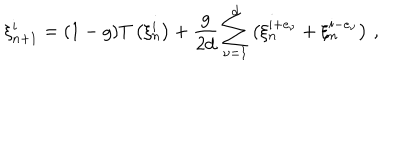
\xi _ { n + 1 } ^ { i } = ( 1 - g ) T \left( \xi _ { n } ^ { i } \right) + \frac { g } { 2 d } \sum _ { \nu = 1 } ^ { d } \left( \xi _ { n } ^ { i + e _ { \nu } } + \xi _ { n } ^ { i - e _ { \nu } } \right) \, ,